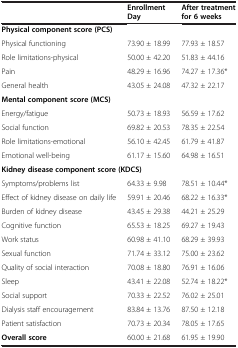
|  | Enrollment Day | After treatment for 6 weeks |
 | --- | --- | --- |
 | <COLSPAN=3> Physical component score (PCS) |
 | Physical functioning | 73.90 ± 18.99 | 77.93 ± 18.57 |
 | Role limitations-physical | 50.00 ± 42.20 | 51.83 ± 44.16 |
 | Pain | 48.29 ± 16.96 | 74.27 ± 17.36* |
 | General health | 43.05 ± 24.08 | 47.32 ± 22.17 |
 | <COLSPAN=3> Mental component score (MCS) |
 | Energy/fatigue | 50.73 ± 18.93 | 56.59 ± 17.62 |
 | Social function | 69.82 ± 20.53 | 78.35 ± 22.54 |
 | Role limitations-emotional | 56.10 ± 42.45 | 61.79 ± 41.87 |
 | Emotional well-being | 61.17 ± 15.60 | 64.98 ± 16.51 |
 | <COLSPAN=3> Kidney disease component score (KDCS) |
 | Symptoms/problems list | 64.33 ± 9.98 | 78.51 ± 10.44* |
 | Effect of kidney disease on daily life | 59.91 ± 20.46 | 68.22 ± 16.33* |
 | Burden of kidney disease | 43.45 ± 29.38 | 44.21 ± 25.29 |
 | Cognitive function | 65.53 ± 18.25 | 69.27 ± 19.43 |
 | Work status | 60.98 ± 41.10 | 68.29 ± 39.93 |
 | Sexual function | 71.74 ± 33.12 | 75.00 ± 23.62 |
 | Quality of social interaction | 70.08 ± 18.80 | 76.91 ± 16.06 |
 | Sleep | 43.41 ± 22.08 | 52.74 ± 18.22* |
 | Social support | 70.33 ± 22.52 | 76.02 ± 25.01 |
 | Dialysis staff encouragement | 83.84 ± 13.76 | 87.50 ± 12.18 |
 | Patient satisfaction | 70.73 ± 20.34 | 78.05 ± 17.65 |
 | Overall score | 60.00 ± 21.68 | 61.95 ± 19.90 |